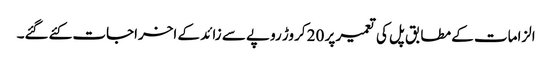
الزامات کے مطابق پل کی تعمیر پر 20 کروڑ روپے سے زائد کے اخراجات کئےگئے۔